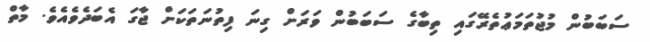
ސަބަބުން މުޖުތަމަޢުތެރޭގައި ތިބާގެ ސަބަބުން ވަރަށް ގިނަ ފިތުނަތަކަށް ޖާގަ އެބަދެވެއެވެ. މާތް